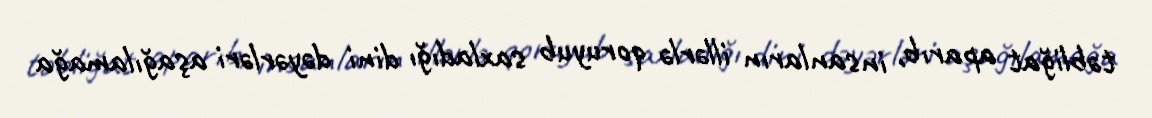
təbliğat aparıb, insanların illərlə qoruyub saxladığı dini dəyərləri aşağılamağa